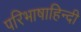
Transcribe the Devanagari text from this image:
परिभाषाहिन्दी